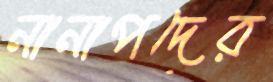
নানাপদের